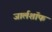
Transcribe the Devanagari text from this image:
जार्लशॉफ